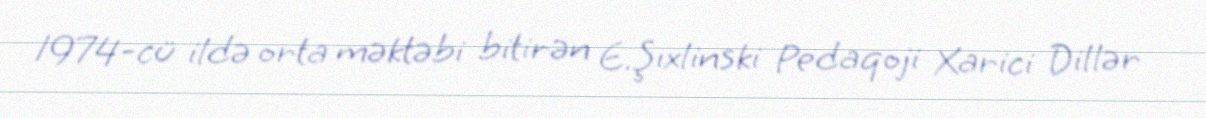
1974-cü ildə orta məktəbi bitirən E.Şıxlinski Pedaqoji Xarici Dillər